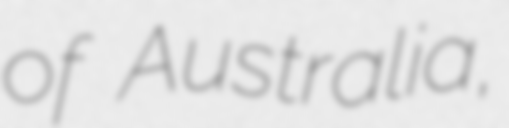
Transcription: of Australia,